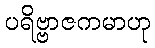
ပရိဗ္ဗာဇကမာဟု